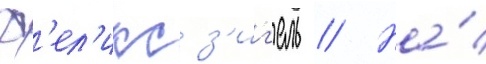
ф'ел'икс з'иг'ель // На́